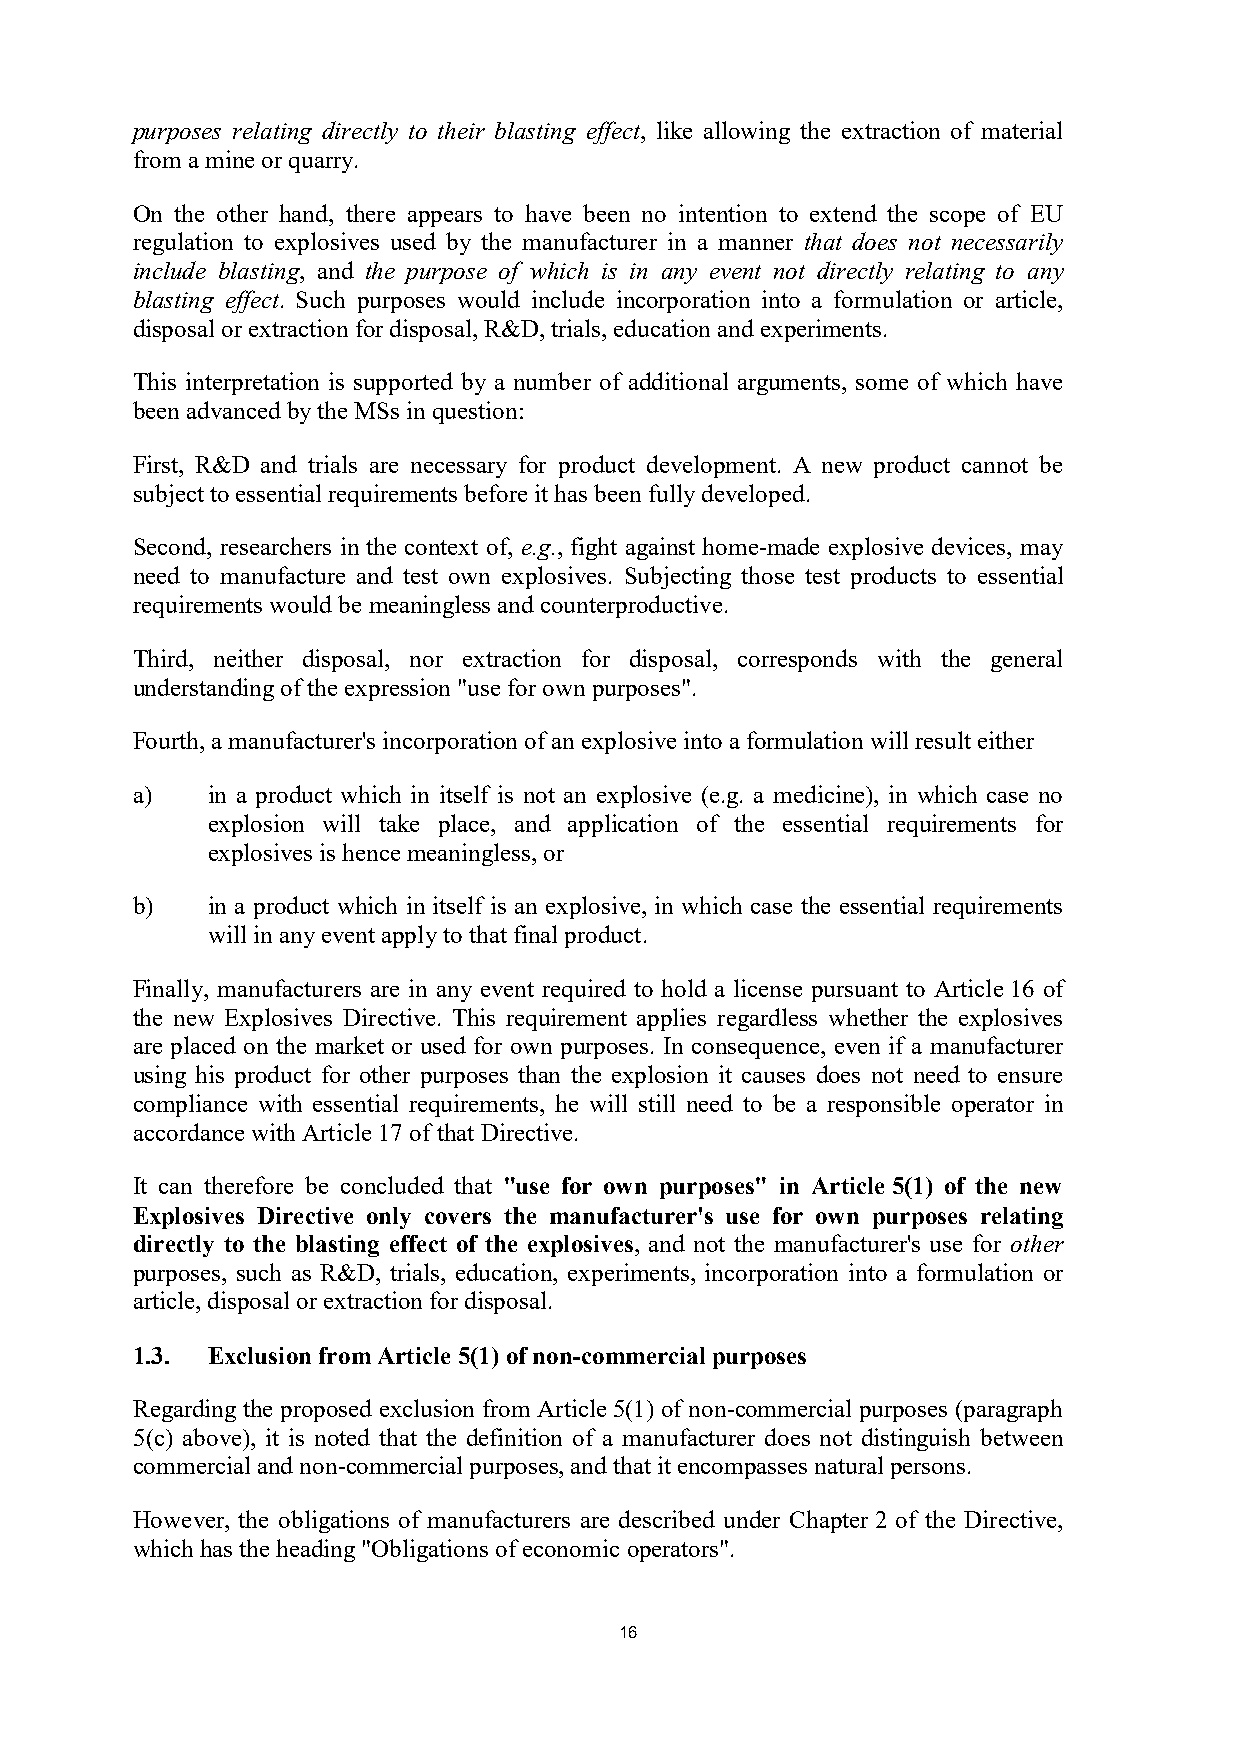
purposes relating directly to their blasting effect, like allowing the extraction of material
 from a mine or quarry.
 On the other hand, there appears to have been no intention to extend the scope of EU
 regulation to explosives used by the manufacturer in a manner that does not necessarily
 include blasting, and the purpose of which is in any event not directly relating to any
 blasting effect. Such purposes would include incorporation into a formulation or article,
 disposal or extraction for disposal, R&D, trials, education and experiments.
 This interpretation is supported by a number of additional arguments, some of which have
 been advanced by the MSs in question:
 First, R&D and trials are necessary for product development. A new product cannot be
 subject to essential requirements before it has been fully developed.
 Second, researchers in the context of, e.g., fight against home-made explosive devices, may
 need to manufacture and test own explosives. Subjecting those test products to essential
 requirements would be meaningless and counterproductive.
 Third, neither disposal, nor extraction for disposal, corresponds with the general
 understanding of the expression "use for own purposes".
 Fourth, a manufacturer's incorporation of an explosive into a formulation will result either
 a)   in a product which in itself is not an explosive (e.g. a medicine), in which case no
 explosion will take place, and application of the essential requirements for
 explosives is hence meaningless, or
 b)   in a product which in itself is an explosive, in which case the essential requirements
 will in any event apply to that final product.
 Finally, manufacturers are in any event required to hold a license pursuant to Article 16 of
 the new Explosives Directive. This requirement applies regardless whether the explosives
 are placed on the market or used for own purposes. In consequence, even if a manufacturer
 using his product for other purposes than the explosion it causes does not need to ensure
 compliance with essential requirements, he will still need to be a responsible operator in
 accordance with Article 17 of that Directive.
 It can therefore be concluded that "use for own purposes" in Article 5(1) of the new
 Explosives Directive only covers the manufacturer's use for own purposes relating
 directly to the blasting effect of the explosives, and not the manufacturer's use for other
 purposes, such as R&D, trials, education, experiments, incorporation into a formulation or
 article, disposal or extraction for disposal.
 1.3. Exclusion from Article 5(1) of non-commercial purposes
 Regarding the proposed exclusion from Article 5(1) of non-commercial purposes (paragraph
 5(c) above), it is noted that the definition of a manufacturer does not distinguish between
 commercial and non-commercial purposes, and that it encompasses natural persons.
 However, the obligations of manufacturers are described under Chapter 2 of the Directive,
 which has the heading "Obligations of economic operators".
 16